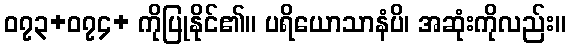
၀၇၃+၀၇၄+ ကိုပြုနိုင်၏။ ပရိယောသာနံပိ၊ အဆုံးကိုလည်း။